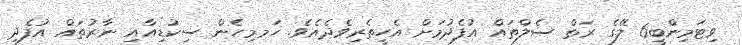
ވިޓަމިންބީ6 ލޭގެ ރަތް ސެލްތައް އުފެދުމަށް އެހީތެރިވެދެެއެވެ. ހަމމިހެން ސިކުޑިއާއި ނާރުތައް އުފެދި